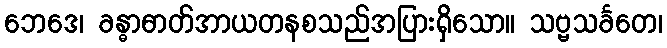
ဘေဒေ၊ ခန္ဓာဓာတ်အာယတနစသည်အပြားရှိသော။ သဗ္ဗသင်္ခတေ၊